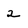
Character: 2